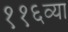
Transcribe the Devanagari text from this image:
११६व्या